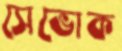
সেভোক